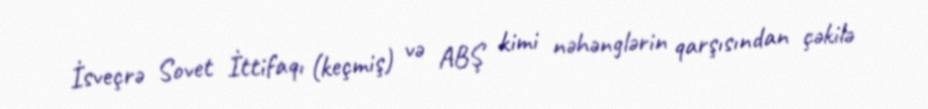
İsveçrə Sovet İttifaqı (keçmiş) və ABŞ kimi nəhənglərin qarşısından çəkilə